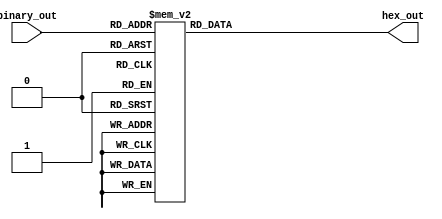
module Seven_displayer( binary_out, hex_out );

input      [3:0] binary_out;
output reg [6:0] hex_out;

always@( * ) begin
	case( binary_out )
		4'b 0000 : hex_out = 7'b1000000;
		4'b 0001 : hex_out = 7'b1111001;
		4'b 0010 : hex_out = 7'b0100100;
		4'b 0011 : hex_out = 7'b0110000;
		4'b 0100 : hex_out = 7'b0011001;
		4'b 0101 : hex_out = 7'b0010010;
		
		4'b 0110 : hex_out = 7'b0000010;
		4'b 0111 : hex_out = 7'b1011000;
		4'b 1000 : hex_out = 7'b0000000;
		4'b 1001 : hex_out = 7'b0010000;
		4'b 1010 : hex_out = 7'b0001000;
		4'b 1011 : hex_out = 7'b0000011;
		4'b 1100 : hex_out = 7'b1000110;
		4'b 1101 : hex_out = 7'b0100001;
		4'b 1110 : hex_out = 7'b0000110;
		4'b 1111 : hex_out = 7'b0001110;
		default  : hex_out = 7'b1000000;
	endcase
end

endmodule